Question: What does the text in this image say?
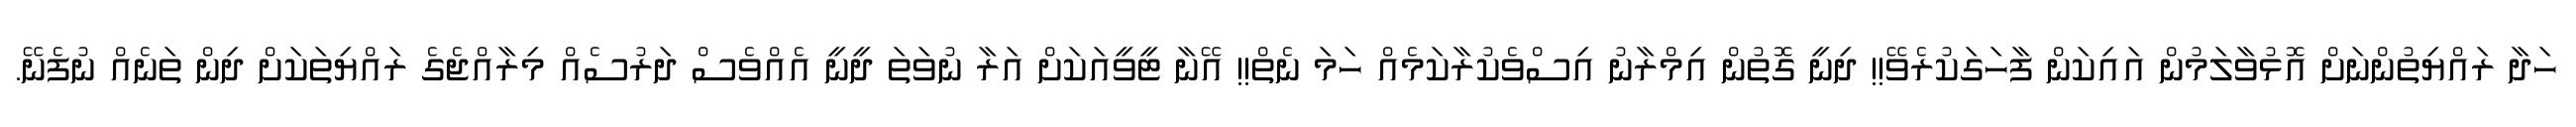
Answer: ހަދާ ރައްޔިތުންނަށް އޮޅުވާލަމުން އައިކަން ފާހަގަކުރެވޭ!! ދިނީ ގޮތުން އިމްރާނު އިސްވެކުރާކަމެއް ހަމަ ނެތް!! އޭނާ ޓީވީއަކަށް އަރާ ނުވަތަ ދީނީ އެއްވެސް ދަރުސެއް މިރާއްޖެގެ ރައްޔިތަކަށް ދިން ތަނެއް ނުފެނޭ.